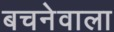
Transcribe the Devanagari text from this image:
बचनेवाला